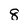
Character: 8